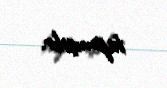
tapmışdır.